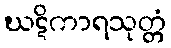
ဃဋိကာရသုတ္တံ